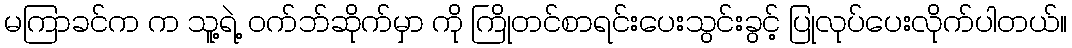
မကြာခင်က က သူ့ရဲ့ ဝက်ဘ်ဆိုက်မှာ ကို ကြိုတင်စာရင်းပေးသွင်းခွင့် ပြုလုပ်ပေးလိုက်ပါတယ်။